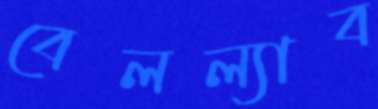
বেলল্যাব